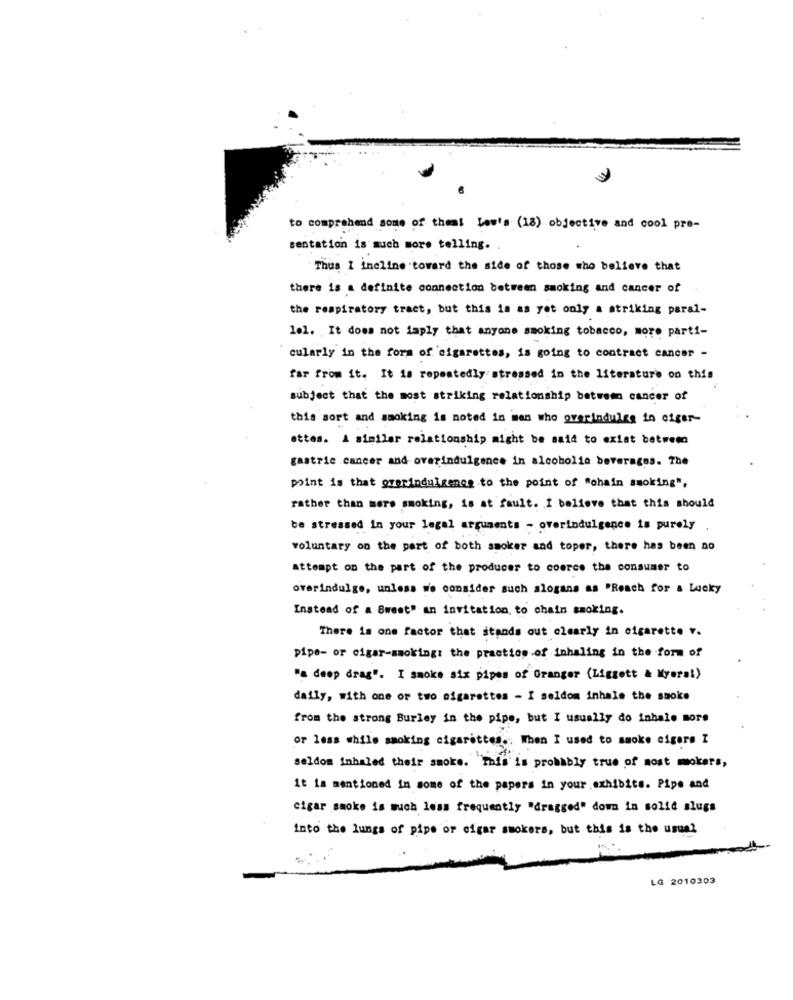
to comprehend some of themi Lee's (18) objective and cool pro-
sentation is much more telling.
Thus I ineline toward the side of those who believe that
there is a definite connection between smoking and cancer of
the respiratory tract, but this is as yet only a striking paral-
lel. It does not imply that anyone smoking tobacco, more parti-
cularly in the form of cigarettes, is going to contract cancer -
far from it. It is repeatedly stressed in the literature on this
subject that the most striking relationship between cancer of
this sort and smoking is noted in man who overindules in oiger-
ettes. A similar relationship might be said to exist between
gastric cancer and overindulgence in alcoholic beverages. The
point is that overindulgence to the point of "ohain smoking",
rather than mere smoking, is at fault. I believe that this should
be stressed in your legal arguments - overindulgence is purely
voluntary on the part of both smoker and toper, there has been no
attempt on the part of the producer to coerce the consumer to
overindulge, unless we consider such slogans as "Reach for a Lucky
Instead of a Sweet" an invitation, to chain smoking.
There is one factor that stands out clearly in cigarette r.
pipe- or cigar-smoking: the practice of inhaling in the form of
"a deep drag". I smoke six pipes of Granger (Liggett & Myerst)
daily, with one or two cigarettes - I seldom inhale the smoke
from the strong Burley in the pipe, but I usually do inhalo more
or less while smoking cigarettes .. When I used to smoke cigare I
seldom inhaled their smoke. "This is probably true of most mokers,
it is mentioned in some of the papers in your exhibits. Pipe and
cigar smoke is much less frequently "dragged" down in solid slugs
into the lungs of pipe or cigar smokers, but this is the usual
LG 2010303